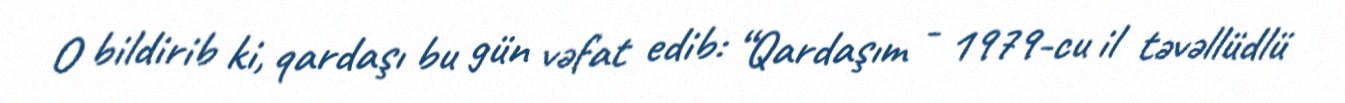
O bildirib ki, qardaşı bu gün vəfat edib: “Qardaşım - 1979-cu il təvəllüdlü